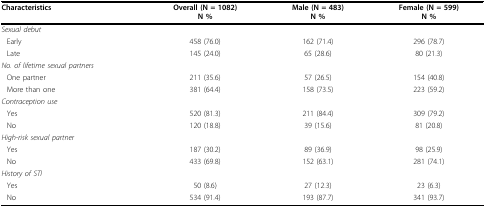
<table><thead><tr><td><b>Characteristics</b></td><td><b>Overall (N = 1082)N %</b></td><td><b>Male (N = 483)N %</b></td><td><b>Female (N = 599)N %</b></td></tr></thead><tbody><tr><td><i>Sexual debut</i></td><td></td><td></td><td></td></tr><tr><td>Early</td><td>458 (76.0)</td><td>162 (71.4)</td><td>296 (78.7)</td></tr><tr><td>Late</td><td>145 (24.0)</td><td>65 (28.6)</td><td>80 (21.3)</td></tr><tr><td><i>No. of lifetime sexual partners</i></td><td></td><td></td><td></td></tr><tr><td>One partner</td><td>211 (35.6)</td><td>57 (26.5)</td><td>154 (40.8)</td></tr><tr><td>More than one</td><td>381 (64.4)</td><td>158 (73.5)</td><td>223 (59.2)</td></tr><tr><td><i>Contraception use</i></td><td></td><td></td><td></td></tr><tr><td>Yes</td><td>520 (81.3)</td><td>211 (84.4)</td><td>309 (79.2)</td></tr><tr><td>No</td><td>120 (18.8)</td><td>39 (15.6)</td><td>81 (20.8)</td></tr><tr><td><i>High-risk sexual partner</i></td><td></td><td></td><td></td></tr><tr><td>Yes</td><td>187 (30.2)</td><td>89 (36.9)</td><td>98 (25.9)</td></tr><tr><td>No</td><td>433 (69.8)</td><td>152 (63.1)</td><td>281 (74.1)</td></tr><tr><td><i>History of STI</i></td><td></td><td></td><td></td></tr><tr><td>Yes</td><td>50 (8.6)</td><td>27 (12.3)</td><td>23 (6.3)</td></tr><tr><td>No</td><td>534 (91.4)</td><td>193 (87.7)</td><td>341 (93.7)</td></tr></tbody></table>